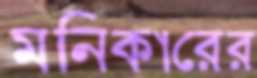
মনিকারের